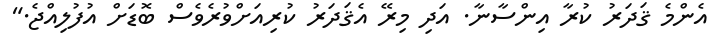
އެންމެ ޤަދަރު ކުރާ އިންސާނާ. އަދި މިރޭ އެޤަދަރު ކުރިއަށްވުރެވެސް ބޮޑަށް އުފުލިއްޖެ."